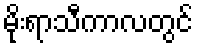
မိုးရာသီကာလတွင်